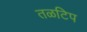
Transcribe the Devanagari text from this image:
तळटिप